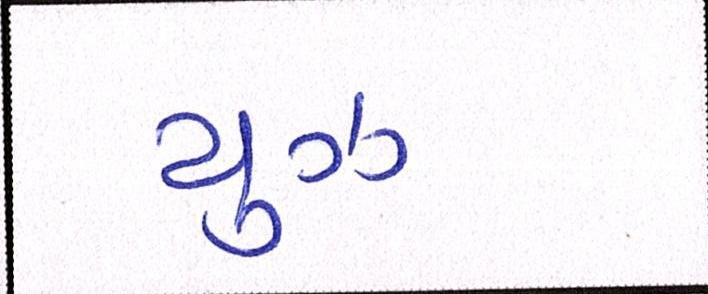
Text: યુઝ